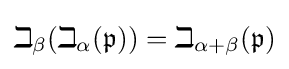
\beth _{\beta }(\beth _{\alpha }({\mathfrak {p}}))=\beth _{\alpha +\beta }({\mathfrak {p}})